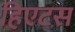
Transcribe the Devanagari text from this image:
हिएटस